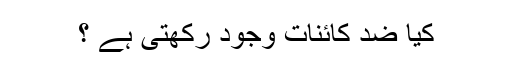
کیا ضد کائنات وجود رکھتی ہے ؟